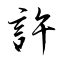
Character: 許